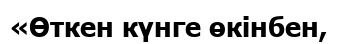
«Өткен күнге өкінбен,